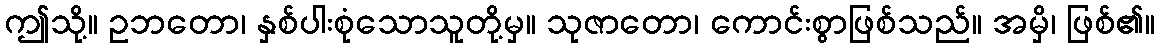
ဤသို့။ ဥဘတော၊ နှစ်ပါးစုံသောသူတို့မှ။ သုဇာတော၊ ကောင်းစွာဖြစ်သည်။ အမှိ၊ ဖြစ်၏။